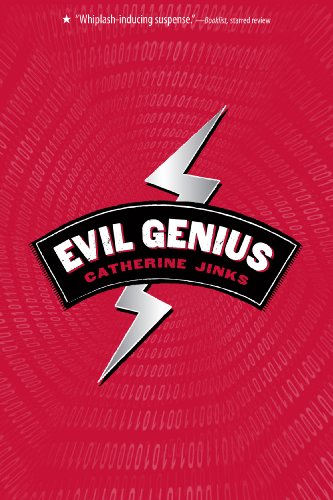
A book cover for Evil Genius; Catherine Jinks; Teen & Young Adult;